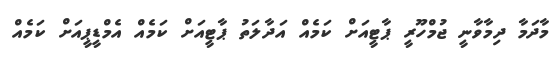
މާދަމާ ދިމާވާނީ ޖުމްހޫރީ ޕާޓީއަށް ކަމެއް އަދާލަތު ޕާޓީއަށް ކަމެއް އެމްޑީޕީއަށް ކަމެއް